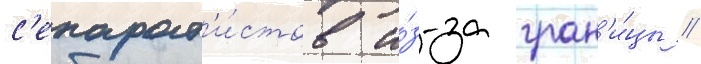
с'епарат'и́стов и́з-за гран'и́цы //